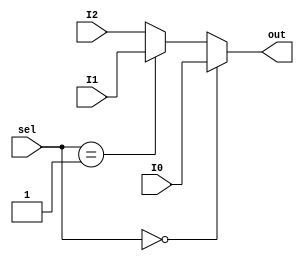
module mux3to1_5b (input [4:0] I0, I1, I2, input [1:0]  sel,output [4:0] out);
    assign out = (sel == 2'b00) ? I0:
		 (sel == 2'b01) ? I1: I2;
endmodule